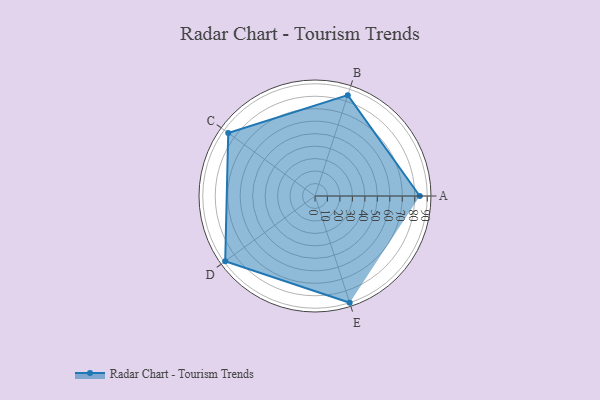
{"axis": {"x": "Skill", "y": "Score"}, "legend": ["Profile"], "data": [{"x": "A", "y": 84.0, "type": "Profile"}, {"x": "B", "y": 85.0, "type": "Profile"}, {"x": "C", "y": 86.0, "type": "Profile"}, {"x": "D", "y": 89.0, "type": "Profile"}, {"x": "E", "y": 90.0, "type": "Profile"}]}